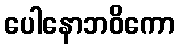
ပေါနောဘဝိကော